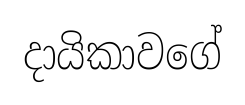
දායිකාවගේ